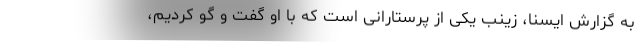
به گزارش ایسنا، زینب یکی از پرستارانی است که با او گفت و گو کردیم،